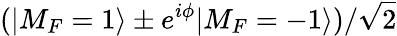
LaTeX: (|M_{F}=1\rangle\pm e^{i\phi}|M_{F}=-1\rangle)/\sqrt{2}